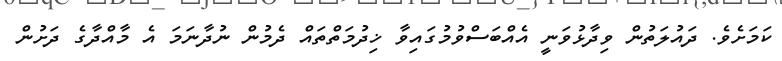
ކަމަށެވެ. ދައުލަތުން ވިދާޅުވަނީ އެއްބަސްވުމުގައިވާ ޚިދުމަތްތައް ދެމުން ނުދާނަމަ އެ މާއްދާގެ ދަށުން